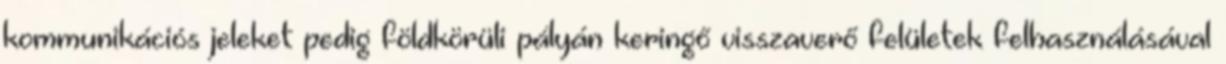
kommunikációs jeleket pedig földkörüli pályán keringő visszaverő felületek felhasználásával